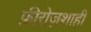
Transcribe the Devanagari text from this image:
फ़ीरोज़शाही